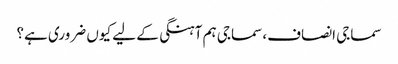
سماجی انصاف، سماجی ہم آہنگی کے لیے کیوں ضروری ہے؟